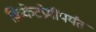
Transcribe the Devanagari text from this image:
क्रिकेटप्रेमींपर्यंत